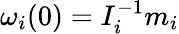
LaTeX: \omega_{i}(0)=I_{i}^{-1}m_{i}